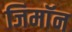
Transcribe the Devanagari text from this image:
जिमाॅन